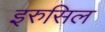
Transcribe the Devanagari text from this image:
इरुसिल